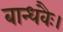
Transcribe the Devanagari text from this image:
बान्धवैः।